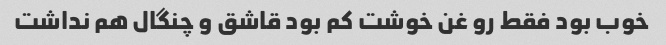
خوب بود فقط رو غن خوشت کم بود قاشق و چنگال هم نداشت